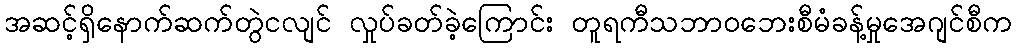
အဆင့်ရှိနောက်ဆက်တွဲငလျင် လှုပ်ခတ်ခဲ့ကြောင်း တူရကီသဘာဝဘေးစီမံခန့်မှုအေဂျင်စီက